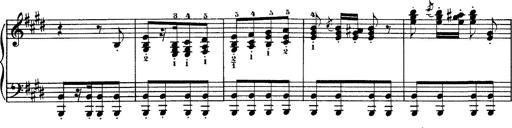
Title: Hungarian Rhapsody No.1
Composer: Franz Liszt
Key: C-sharp minor